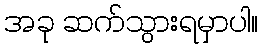
အခု ဆက်သွားရမှာပါ။